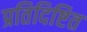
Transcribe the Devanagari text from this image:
प्रतिदिष्टित